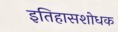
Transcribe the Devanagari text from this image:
इतिहासशोधक